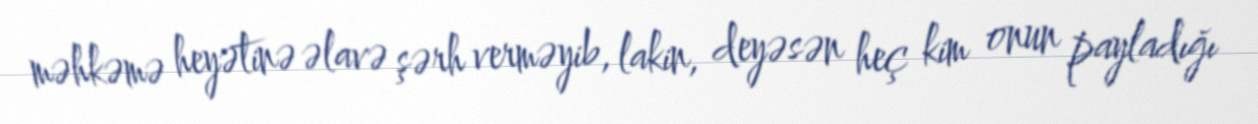
məhkəmə heyətinə əlavə şərh verməyib, lakin, deyəsən heç kim onun payladığı